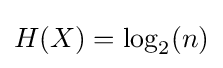
H(X)=\log _{2}(n)